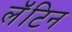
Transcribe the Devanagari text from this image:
लॅॅॅटिन